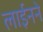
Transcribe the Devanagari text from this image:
लाईनने